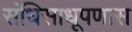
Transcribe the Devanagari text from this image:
संधिसाधूपणास